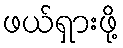
ဖယ်ရှားဖို့